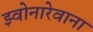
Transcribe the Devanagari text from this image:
झ्वोनारेवाना